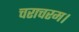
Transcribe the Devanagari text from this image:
चराचरम।